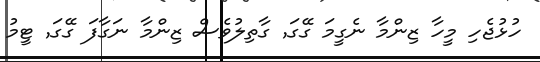
ހުޅުޖެހި މީހާ ޒިންމާ ނެގީމަ ގޭގަ